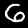
Label: 6